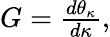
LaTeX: \begin{array}{r}{G=\frac{d\theta_{\kappa}}{d\kappa},}\end{array}